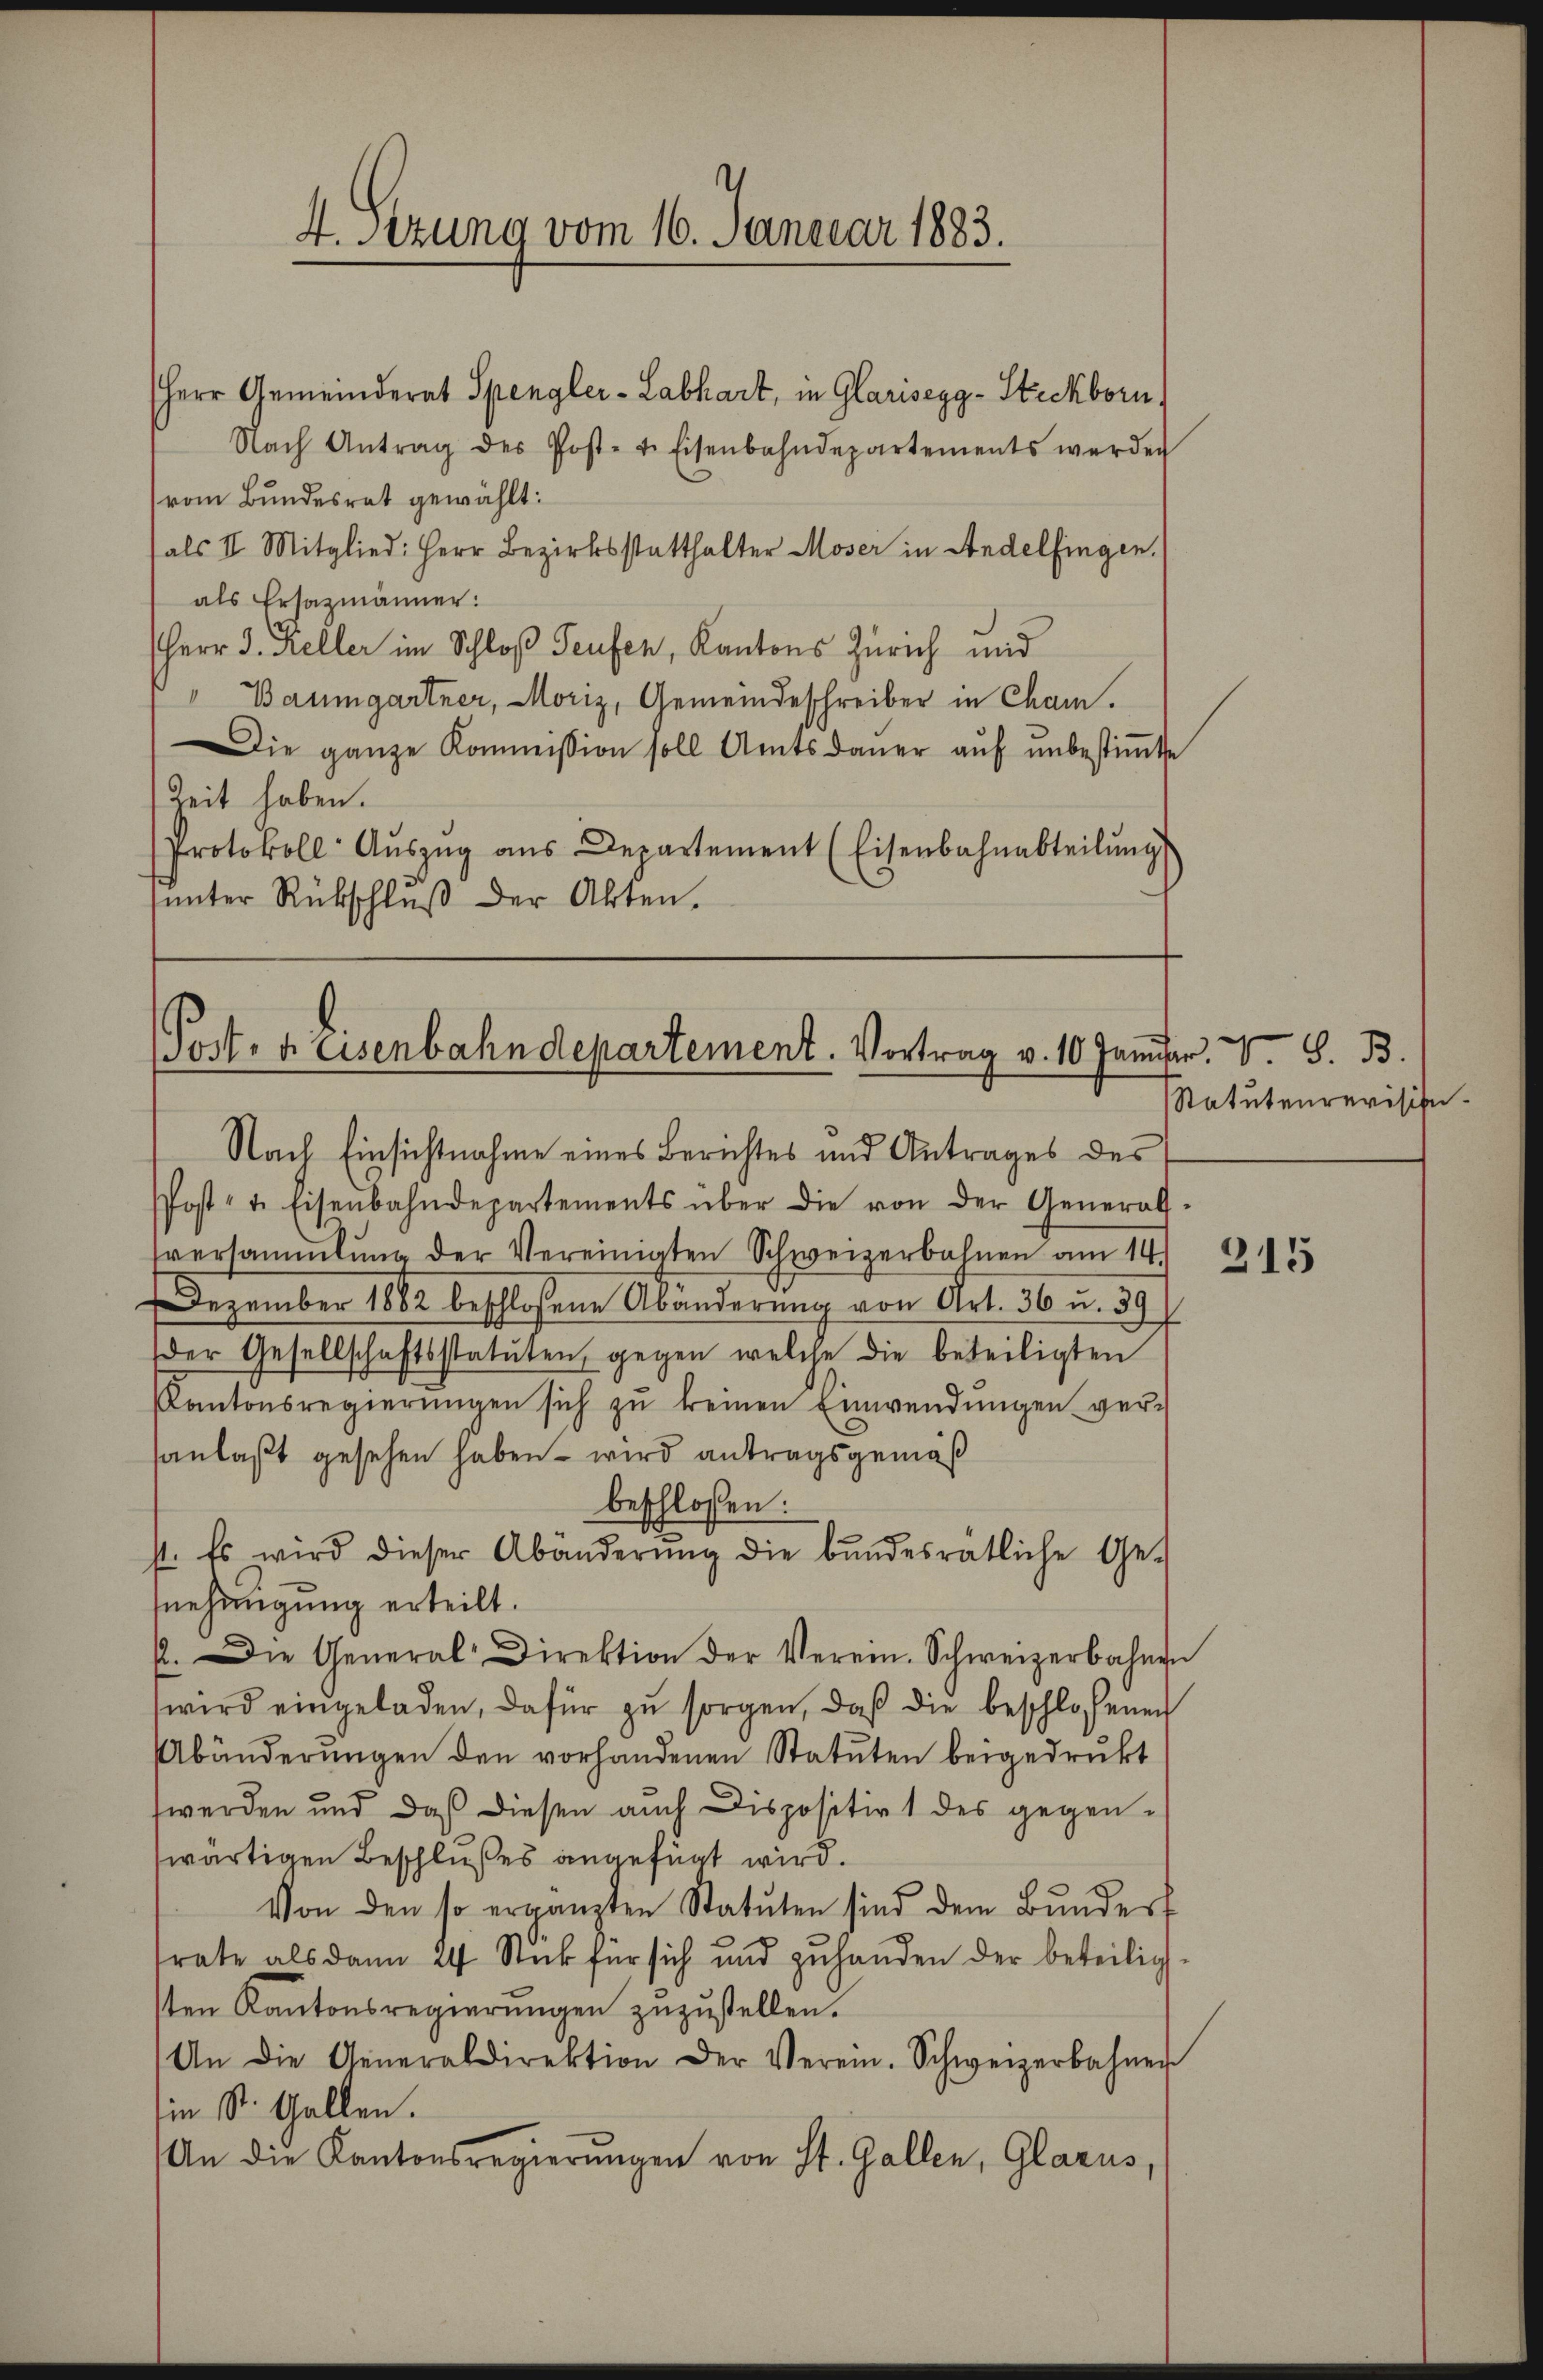
4. Sezung vom 16. Januar 1883.

Herr Gemeinderat Spengler-Labhart, in Glariseyg-Stickborn,
Nach Antrag des Postet. Eisenbahndepartements werden
(vom Bundesrat gewählt:
sals II. Mitglied: Herr Bezirksstatthalter Moser in Andelfingen.
als Ersazmänner:
Herr J. Keller im Schloß Teufen, Kantons Zürich und
" Baumgartner, Moriz, Gemeindeschreiber in Cham.
Die ganze Kommission soll Amtsdaŭer aŭf ŭnbestiṁte
Zeit haben.
Protokoll- Aŭszŭg aŭs Departement (Eisenbahnabteilŭng
sinter Rückschlŭβ der Akten.

Post. Keisenbahndepartement. Vortrag v. 10 Januar. V S. B.
Nach Einsichtnahme eines Berichtes und Antrages des

Post- u. Eisenbahndepartements über die von der General-
versammlung der Vereinigten Schweizerbahnen am 14.
Dezember 1862 beschloßene Abänderung von Art. 36 u. 39.
der Gesellschaftsstatuten, gegen welche die beteiligten
Kantonsregierŭngen sich zŭ keinen Einwendungen ver-
sanlaßt gesehen haben – wird antragsgemäß
beschlossen:
st. Es wird dieser Abänderŭng die bŭndesrätliche Ge-
snehmigung erteilt.
p. Die General-Direktion der Verein. Schweizerbahnen
wird eingeladen, dafür zu sorgen, daß die beschlossenen
Abänderŭngen den vorhandenen Statuten beigedrukt
werden und daß diesen auch Dispositirt des gegen-
wärtigen Beschlußes angefügt wird.
Von den so ergänzten Statuten sind dem Bŭnderf
rate als dann 24 Stück für sich und zuhanden der beteilig
sten Kantonsregierŭngen zŭzŭstellen.
An die Generaldirektion der Verein. Schweizerbahner
in St. Gallen.
An die Kantonsregierŭngen von St. Gallen, Glarus,

Statutenrevisite.

215